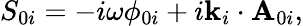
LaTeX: S_{0i}=-i\omega\phi_{0i}+i\mathbf{k}_{i}\cdot\mathbf{A}_{0i},